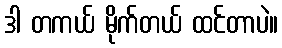
ဒါ တကယ် မိုက်တယ် ထင်တာပဲ။